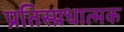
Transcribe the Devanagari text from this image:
प्रतिस्प्रधात्मक